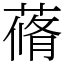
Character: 蓨